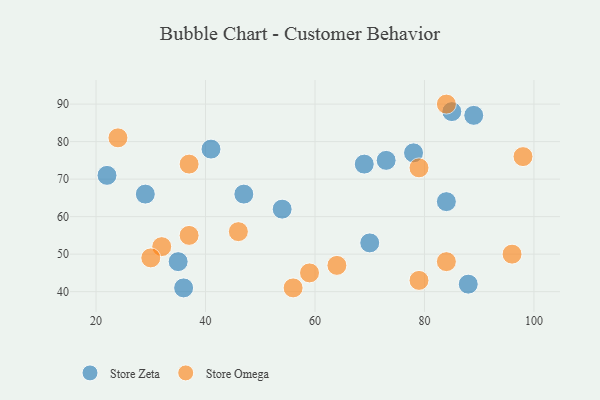
{"axis": {"x": "GDP", "y": "Life Expectancy"}, "legend": ["Store Omega", "Store Zeta"], "data": [{"x": "73", "y": 75, "type": "Store Zeta"}, {"x": "54", "y": 62, "type": "Store Zeta"}, {"x": "29", "y": 66, "type": "Store Zeta"}, {"x": "22", "y": 71, "type": "Store Zeta"}, {"x": "88", "y": 42, "type": "Store Zeta"}, {"x": "36", "y": 41, "type": "Store Zeta"}, {"x": "35", "y": 48, "type": "Store Zeta"}, {"x": "89", "y": 87, "type": "Store Zeta"}, {"x": "41", "y": 78, "type": "Store Zeta"}, {"x": "69", "y": 74, "type": "Store Zeta"}, {"x": "78", "y": 77, "type": "Store Zeta"}, {"x": "70", "y": 53, "type": "Store Zeta"}, {"x": "85", "y": 88, "type": "Store Zeta"}, {"x": "84", "y": 64, "type": "Store Zeta"}, {"x": "47", "y": 66, "type": "Store Zeta"}, {"x": "46", "y": 56, "type": "Store Omega"}, {"x": "32", "y": 52, "type": "Store Omega"}, {"x": "96", "y": 50, "type": "Store Omega"}, {"x": "56", "y": 41, "type": "Store Omega"}, {"x": "24", "y": 81, "type": "Store Omega"}, {"x": "79", "y": 73, "type": "Store Omega"}, {"x": "84", "y": 90, "type": "Store Omega"}, {"x": "59", "y": 45, "type": "Store Omega"}, {"x": "98", "y": 76, "type": "Store Omega"}, {"x": "84", "y": 48, "type": "Store Omega"}, {"x": "79", "y": 43, "type": "Store Omega"}, {"x": "30", "y": 49, "type": "Store Omega"}, {"x": "37", "y": 74, "type": "Store Omega"}, {"x": "37", "y": 55, "type": "Store Omega"}, {"x": "64", "y": 47, "type": "Store Omega"}]}